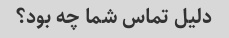
دلیل تماس شما چه بود؟